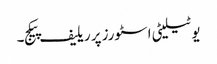
یوٹیلیٹی اسٹورز پر ریلیف پیکج۔